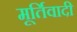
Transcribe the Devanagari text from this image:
मूर्तिवादी